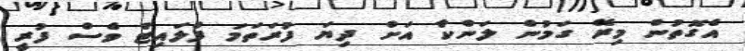
އެގޮތުން މިރޭ ގަމުން ލަންކާ އަށް ދިޔަ ފުރަތަމަ ފްލައިޓް ވެސް ފުރީ